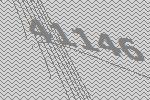
41146